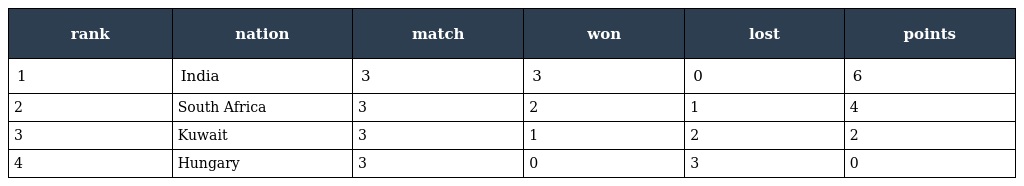
| rank | nation | match | won | lost | points |
 | --- | --- | --- | --- | --- | --- |
 | 1 | India | 3 | 3 | 0 | 6 |
 | 2 | South Africa | 3 | 2 | 1 | 4 |
 | 3 | Kuwait | 3 | 1 | 2 | 2 |
 | 4 | Hungary | 3 | 0 | 3 | 0 |